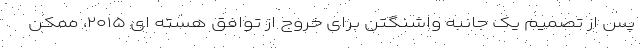
پس از تصمیم یک جانبه واشنگتن برای خروج از توافق هسته ای ۲۰۱۵، ممکن